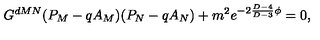
G ^ { d M N } ( P _ { M } - q A _ { M } ) ( P _ { N } - q A _ { N } ) + m ^ { 2 } e ^ { - 2 { \frac { D - 4 } { D - 3 } } \phi } = 0 ,